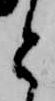
と